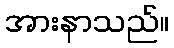
အားနာသည်။